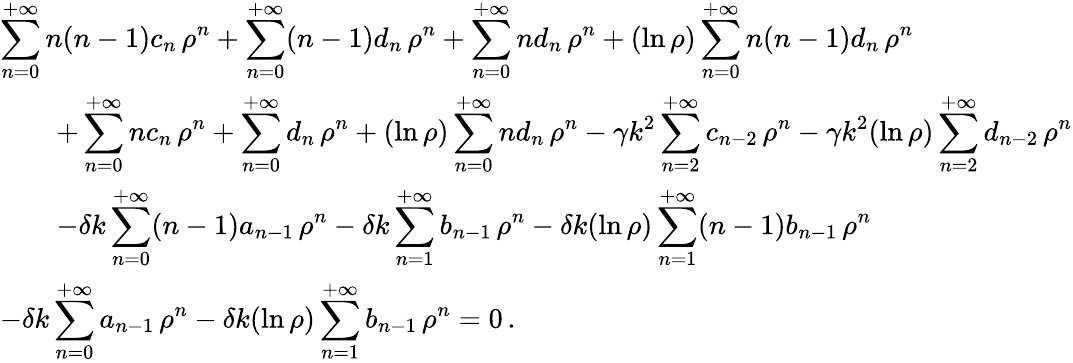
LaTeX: \begin{array}{l}{{\displaystyle\sum_{n=0}^{+\infty}n(n-1)c_{n}\, \rho^{n}+\sum_{n=0}^{+\infty}(n-1)d_{n}\, \rho^{n}+\sum_{n=0}^{+\infty}nd_{n}\, \rho^{n}+(\ln\rho)\sum_{n=0}^{+\infty}n(n-1)d_{n}\, \rho^{n}}}\\ {{\displaystyle\qquad+\sum_{n=0}^{+\infty}nc_{n}\, \rho^{n}+\sum_{n=0}^{+\infty}d_{n}\, \rho^{n}+(\ln\rho)\sum_{n=0}^{+\infty}nd_{n}\, \rho^{n}-\gamma k^{2}\sum_{n=2}^{+\infty}c_{n-2}\, \rho^{n}-\gamma k^{2}(\ln\rho)\sum_{n=2}^{+\infty}d_{n-2}\, \rho^{n}}}\\ {{\displaystyle\qquad-\delta k\sum_{n=0}^{+\infty}(n-1)a_{n-1}\, \rho^{n}-\delta k\sum_{n=1}^{+\infty}b_{n-1}\, \rho^{n}-\delta k(\ln\rho)\sum_{n=1}^{+\infty}(n-1)b_{n-1}\, \rho^{n}}}\\ {{\displaystyle-\delta k\sum_{n=0}^{+\infty}a_{n-1}\, \rho^{n}-\delta k(\ln\rho)\sum_{n=1}^{+\infty}b_{n-1}\, \rho^{n}=0}\, .}\end{array}